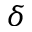
\delta